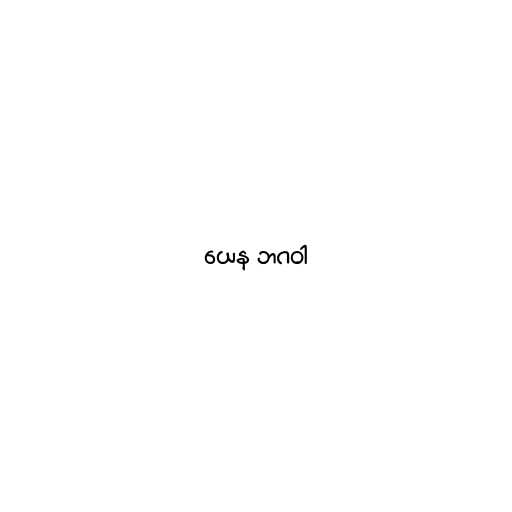
ယေန ဘဂဝါ